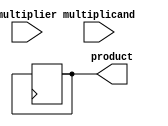
module booth_multiplier (
    input signed [15:0] multiplicand,
    input signed [15:0] multiplier,
    output signed [31:0] product
);

reg signed [31:0] partial_product;
reg signed [31:0] accumulator;
reg [4:0] counter;
reg shift;
reg [1:0] state;

always @(posedge clk) begin
    case (state)
        0: begin
            if (multiplier[0] == 1 && counter == 0)
                partial_product <= {16'b0, multiplicand};
            else if (multiplier[0] == 0 && counter == 0)
                partial_product <= {16'b0, -multiplicand};
            state <= 1;
        end
        1: begin
            shift <= (partial_product[0] == partial_product[1]) ? 0 : 1;
            partial_product <= {partial_product[31], partial_product[31:1]};
            counter <= counter + 1;
            state <= 2;
        end
        2: begin
            if (shift == 1) begin
                if (partial_product[31] == 0)
                    partial_product <= partial_product + multiplicand;
                else
                    partial_product <= partial_product - multiplicand;
            end
            state <= 3;
        end
        3: begin
            if (counter == 15)
                state <= 4;
            else
                state <= 1;
        end
        4: begin
            accumulator <= accumulator + partial_product;
            state <= 0;
        end
    endcase
end

assign product = accumulator;

endmodule